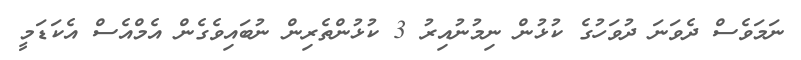
ނަމަވެސް ދެވަނަ ދުވަހުގެ ކުޅުން ނިމުނުއިރު 3 ކުޅުންތެރިން ނުބައިވެގެން އެމްއެސް އެކަޑަމީ